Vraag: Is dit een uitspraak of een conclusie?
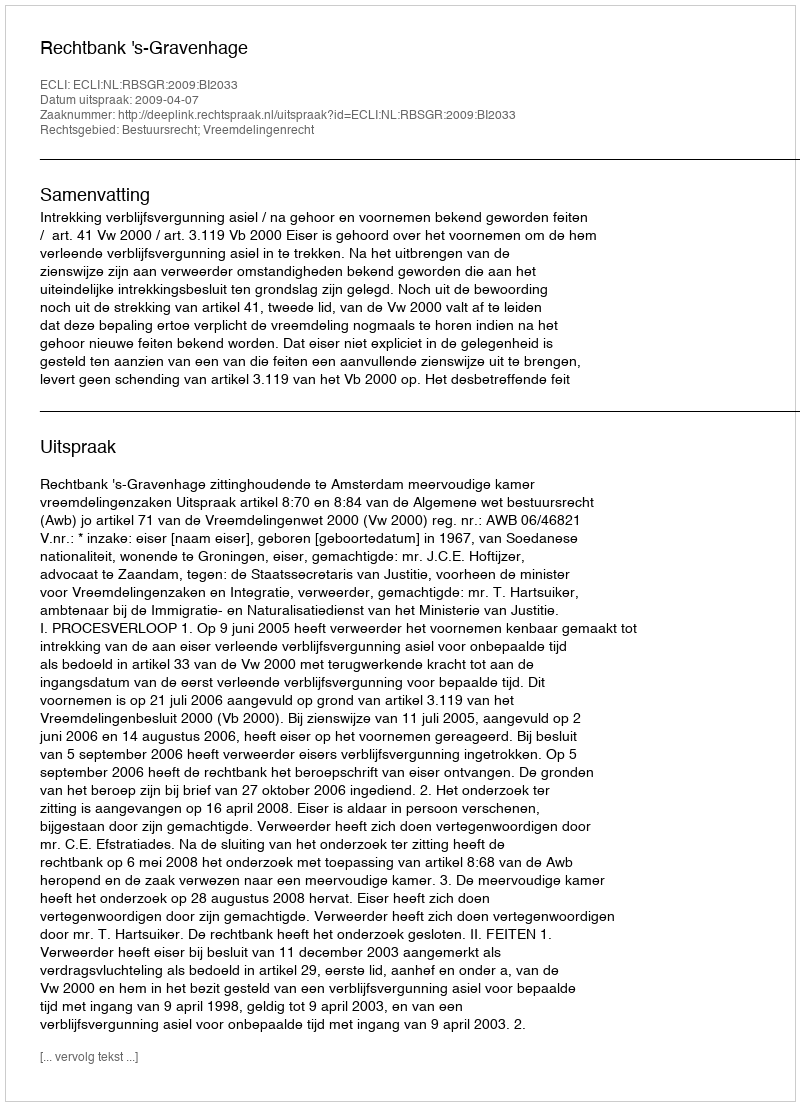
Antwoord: Uitspraak